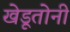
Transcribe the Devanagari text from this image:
खेडूतोनी